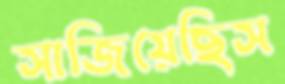
সাজিয়েছিস